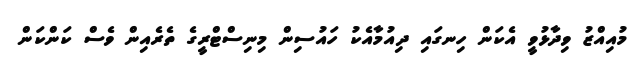
މުއިއްޒު ވިދާޅުވީ އެކަން ހިނގައި ދިއުމާއެކު ހައުސިން މިނިސްޓްރީގެ ތެރެއިން ވެސް ކަންކަން